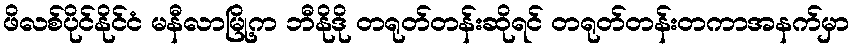
ဖိလစ်ပိုင်နိုင်ငံ မနီလာမြို့က ဘီနိုဒို တရုတ်တန်းဆိုရင် တရုတ်တန်းတကာအနက်မှာ